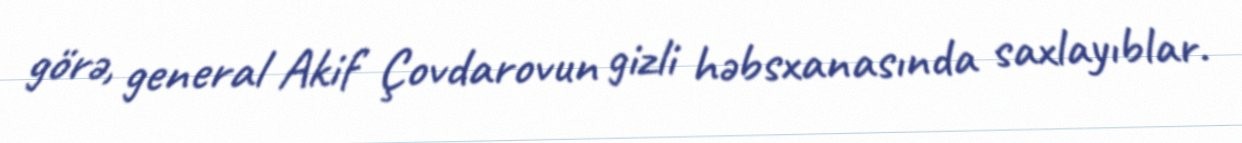
görə, general Akif Çovdarovun gizli həbsxanasında saxlayıblar.